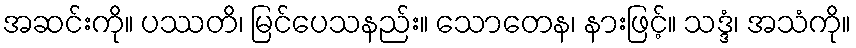
အဆင်းကို။ ပဿတိ၊ မြင်ပေသနည်း။ သောတေန၊ နားဖြင့်။ သဒ္ဒံ၊ အသံကို။